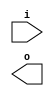
module buffer( i , o );
  input i ;
  output o ;
endmodule
module inverter( i , o );
  input i ;
  output o ;
endmodule
module top( x0 , x1 , x2 , x3 , x4 , x5 , x6 , x7 , x8 , x9 , x10 , x11 , x12 , x13 , y0 , y1 , y2 , y3 , y4 , y5 , y6 , y7 , y8 , y9 , y10 , y11 , y12 , y13 );
  input x0 , x1 , x2 , x3 , x4 , x5 , x6 , x7 , x8 , x9 , x10 , x11 , x12 , x13 ;
  output y0 , y1 , y2 , y3 , y4 , y5 , y6 , y7 , y8 , y9 , y10 , y11 , y12 , y13 ;
  wire n2 , n3 , n4 , n5 , n6 , n7 , n9 , n10 , n11 , n12 , n13 , n14 , n15 , n16 , n17 , n19 , n20 , n21 , n22 , n23 , n24 , n25 , n26 , n27 , n28 , n29 , n30 , n31 , n33 , n34 , n35 , n36 , n37 , n38 , n39 , n40 , n41 , n42 , n44 , n45 , n46 , n47 , n48 , n49 , n50 , n51 , n52 , n53 , n55 , n56 , n57 , n58 , n59 , n60 , n61 , n62 , n63 , n65 , n66 , n67 , n68 , n69 , n70 , n71 , n72 , n73 , n74 , n76 , n77 , n78 , n79 , n80 , n81 , n82 , n83 , n84 , n86 , n87 , n88 , n89 , n90 , n91 , n92 , n93 , n94 , n95 , n96 , n97 , n98 , n99 , n100 , n102 , n103 , n104 , n105 , n106 , n107 , n108 , n109 , n110 , n111 , n113 , n114 , n115 , n116 , n117 , n118 , n120 , n121 , n122 , n123 , n124 , n125 , n126 , n127 , n128 , n129 , n130 , n131 , n132 , n133 , n134 , n135 , n137 , n138 , n139 , n140 , n141 , n142 , n143 , n144 , n146 , n147 , n148 , n149 , n150 , n151 , n152 , n153 , n154 , n155 , n156 , n157 , n158 , n159 , n160 , n161 , n162 , n163 , n164 , n165 , n166 , n167 , n168 , n169 , n170 , n171 , n172 , n173 , n174 , n175 , n176 , n177 , n178 , n179 , n180 , n181 , n182 , n183 , n184 , n185 , n186 , n187 , n188 , n189 , n190 , n191 , n192 , n193 , n194 , n195 , n196 , n197 , n198 , n199 , n200 , n201 , n202 , n203 , n204 , n205 , n206 , n207 , n208 , n209 , n210 , n211 , n212 , n213 , n214 , n215 , n216 , n217 , n218 , n219 , n220 , n221 , n222 , n223 , n224 , n225 , n226 , n227 , n228 , n229 , n230 , n231 , n232 , n233 , n234 , n235 , n236 , n237 , n238 , n239 , n240 , n241 , n242 , n243 , n244 , n245 , n246 , n247 , n248 , n249 , n250 , n251 , n252 , n253 , n254 , n255 , n256 , n257 , n258 , n259 , n260 , n261 , n262 , n263 , n264 , n265 , n266 , n267 , n268 , n269 , n270 , n271 , n272 , n273 , n274 , n275 , n276 , n277 , n278 , n279 , n280 , n281 , n282 , n283 , n284 , n285 , n286 , n287 , n288 , n289 , n290 , n291 , n292 , n293 , n294 , n295 , n296 , n297 , n298 , n299 , n300 , n301 , n302 , n303 , n304 , n305 , n306 , n307 , n308 , n309 , n310 , n311 , n312 , n313 , n314 , n315 , n316 , n317 , n318 , n319 , n320 , n321 , n322 , n323 , n324 , n325 , n326 , n327 , n328 , n329 , n330 , n331 , n332 , n333 , n334 , n335 , n336 , n337 , n338 , n339 , n340 , n341 , n342 , n343 , n344 , n345 , n346 , n347 , n348 , n349 , n350 , n351 , n352 , n353 , n354 , n355 , n356 , n357 , n358 , n359 , n360 , n361 , n362 , n363 , n364 , n365 , n366 , n367 , n368 , n369 , n370 , n371 , n372 , n373 , n374 , n375 , n376 , n377 , n378 , n379 , n380 , n381 , n382 , n383 , n384 , n385 , n386 , n387 , n388 , n389 , n390 , n391 , n392 , n393 , n394 , n395 , n396 , n397 , n398 , n399 , n400 , n401 , n402 , n403 , n404 , n405 , n406 , n407 , n408 , n409 , n410 , n411 , n412 , n413 , n414 , n415 , n416 , n417 , n418 , n419 , n420 , n421 , n422 , n423 , n424 , n425 , n426 , n427 , n428 , n429 , n430 , n431 , n432 , n433 , n434 , n435 , n436 , n437 , n438 , n439 , n440 , n441 , n442 , n443 , n444 , n445 , n446 , n447 , n448 , n449 , n450 , n451 , n452 , n453 , n454 , n455 , n456 , n457 , n458 , n459 , n460 , n461 , n462 , n463 , n464 , n465 , n466 , n467 , n468 , n469 , n470 , n471 , n472 , n473 , n474 , n475 , n476 , n477 , n478 , n479 , n480 , n481 , n482 , n483 , n484 , n485 , n486 , n487 , n488 , n489 , n490 , n491 , n492 , n493 , n494 , n495 , n496 , n497 , n498 , n499 , n500 , n501 , n502 , n503 , n504 , n505 , n506 , n507 , n508 , n509 , n510 , n511 , n512 , n513 , n514 , n515 , n516 , n517 , n518 , n519 , n520 , n521 , n522 , n523 , n524 , n525 , n526 , n527 , n528 , n529 , n530 , n531 , n532 , n533 , n534 , n535 , n536 , n537 , n538 , n539 , n540 , n541 , n542 , n543 , n544 , n545 , n546 , n547 , n548 , n549 , n550 , n551 , n552 , n553 , n554 , n555 , n556 , n557 , n558 , n559 , n560 , n561 , n562 , n563 , n564 , n565 , n566 , n567 , n568 , n569 , n570 , n571 , n572 , n573 , n574 , n575 , n576 , n577 , n578 , n579 , n580 , n581 , n582 , n583 , n584 , n585 , n586 , n587 , n588 , n589 , n590 , n591 , n592 , n593 , n594 , n595 , n596 , n597 , n598 , n599 , n600 , n601 , n602 , n603 , n604 , n605 , n606 , n607 , n608 , n609 , n610 , n611 , n612 , n613 , n614 , n615 , n616 , n617 , n618 , n619 , n620 , n621 , n622 , n623 , n624 , n625 , n626 , n627 , n628 , n629 , n630 , n631 , n632 , n633 , n634 , n635 , n636 , n637 , n638 , n639 , n640 , n641 , n642 , n643 , n644 , n645 , n646 , n647 , n648 , n649 , n650 , n651 , n652 , n653 , n654 , n655 , n656 , n657 , n658 , n659 , n660 , n661 , n662 , n663 , n664 , n665 , n666 , n667 , n668 , n669 , n670 , n671 , n672 , n673 , n674 , n675 , n676 , n677 , n678 , n679 , n680 , n681 , n682 , n683 , n684 , n685 , n686 , n687 , n688 , n689 , n690 , n691 , n692 , n693 , n694 , n695 , n696 , n697 , n698 , n699 , n700 , n701 , n702 , n703 , n704 , n705 , n706 , n707 , n708 , n709 , n710 , n711 , n712 , n713 , n714 , n715 , n716 , n717 , n718 , n719 , n720 , n721 , n722 , n723 , n724 , n725 , n726 , n727 , n728 , n729 , n730 , n731 , n732 , n733 , n734 , n735 , n736 , n737 , n738 , n739 , n740 , n741 , n742 , n743 , n744 , n745 , n746 , n747 , n748 , n749 , n750 , n751 , n752 , n753 , n754 , n755 ;
  buffer buf_n76( .i (x7), .o (n76) );
  buffer buf_n86( .i (x8), .o (n86) );
  assign n156 = n76 & n86 ;
  buffer buf_n157( .i (n156), .o (n157) );
  buffer buf_n102( .i (x9), .o (n102) );
  buffer buf_n113( .i (x10), .o (n113) );
  assign n158 = n102 & n113 ;
  buffer buf_n159( .i (n158), .o (n159) );
  assign n160 = n157 & n159 ;
  buffer buf_n161( .i (n160), .o (n161) );
  buffer buf_n77( .i (n76), .o (n77) );
  buffer buf_n78( .i (n77), .o (n78) );
  buffer buf_n137( .i (x12), .o (n137) );
  buffer buf_n138( .i (n137), .o (n138) );
  buffer buf_n139( .i (n138), .o (n139) );
  assign n165 = n78 & ~n139 ;
  buffer buf_n166( .i (n165), .o (n166) );
  assign n168 = ~n161 & n166 ;
  buffer buf_n169( .i (n168), .o (n169) );
  buffer buf_n87( .i (n86), .o (n87) );
  buffer buf_n88( .i (n87), .o (n88) );
  buffer buf_n89( .i (n88), .o (n89) );
  buffer buf_n114( .i (n113), .o (n114) );
  buffer buf_n115( .i (n114), .o (n115) );
  buffer buf_n116( .i (n115), .o (n116) );
  assign n170 = n89 | n116 ;
  buffer buf_n171( .i (n170), .o (n171) );
  assign n172 = n102 | n113 ;
  buffer buf_n173( .i (n172), .o (n173) );
  assign n175 = n157 & ~n173 ;
  buffer buf_n176( .i (n175), .o (n176) );
  buffer buf_n177( .i (n176), .o (n177) );
  assign n180 = n171 & ~n177 ;
  assign n181 = n169 & n180 ;
  buffer buf_n182( .i (n181), .o (n182) );
  buffer buf_n140( .i (n139), .o (n140) );
  buffer buf_n141( .i (n140), .o (n141) );
  buffer buf_n142( .i (n141), .o (n142) );
  buffer buf_n143( .i (n142), .o (n143) );
  buffer buf_n144( .i (n143), .o (n144) );
  buffer buf_n79( .i (n78), .o (n79) );
  buffer buf_n80( .i (n79), .o (n80) );
  buffer buf_n90( .i (n89), .o (n90) );
  assign n188 = ~n80 & n90 ;
  buffer buf_n189( .i (n188), .o (n189) );
  buffer buf_n117( .i (n116), .o (n117) );
  buffer buf_n118( .i (n117), .o (n118) );
  buffer buf_n103( .i (n102), .o (n103) );
  buffer buf_n120( .i (x11), .o (n120) );
  buffer buf_n121( .i (n120), .o (n121) );
  assign n191 = ~n103 & n121 ;
  buffer buf_n192( .i (n191), .o (n192) );
  buffer buf_n193( .i (n192), .o (n193) );
  buffer buf_n194( .i (n193), .o (n194) );
  assign n195 = n118 | n194 ;
  assign n196 = n189 & n195 ;
  buffer buf_n122( .i (n121), .o (n122) );
  assign n197 = n115 & n122 ;
  buffer buf_n198( .i (n197), .o (n198) );
  buffer buf_n104( .i (n103), .o (n104) );
  buffer buf_n105( .i (n104), .o (n105) );
  assign n201 = n79 & n105 ;
  assign n202 = ~n198 & n201 ;
  buffer buf_n203( .i (n202), .o (n203) );
  assign n204 = ~n143 & n203 ;
  assign n205 = ( ~n144 & n196 ) | ( ~n144 & n204 ) | ( n196 & n204 ) ;
  assign n206 = n182 | n205 ;
  buffer buf_n207( .i (n206), .o (n207) );
  buffer buf_n208( .i (n207), .o (n208) );
  buffer buf_n209( .i (n208), .o (n209) );
  buffer buf_n44( .i (x4), .o (n44) );
  buffer buf_n45( .i (n44), .o (n45) );
  buffer buf_n46( .i (n45), .o (n46) );
  buffer buf_n47( .i (n46), .o (n47) );
  buffer buf_n48( .i (n47), .o (n48) );
  buffer buf_n49( .i (n48), .o (n49) );
  buffer buf_n50( .i (n49), .o (n50) );
  buffer buf_n19( .i (x2), .o (n19) );
  buffer buf_n20( .i (n19), .o (n20) );
  buffer buf_n21( .i (n20), .o (n21) );
  buffer buf_n22( .i (n21), .o (n22) );
  buffer buf_n23( .i (n22), .o (n23) );
  buffer buf_n33( .i (x3), .o (n33) );
  buffer buf_n34( .i (n33), .o (n34) );
  buffer buf_n35( .i (n34), .o (n35) );
  buffer buf_n146( .i (x13), .o (n146) );
  buffer buf_n147( .i (n146), .o (n147) );
  buffer buf_n148( .i (n147), .o (n148) );
  assign n210 = n35 | n148 ;
  buffer buf_n211( .i (n210), .o (n211) );
  assign n212 = n23 & n211 ;
  buffer buf_n65( .i (x6), .o (n65) );
  buffer buf_n66( .i (n65), .o (n66) );
  buffer buf_n67( .i (n66), .o (n67) );
  buffer buf_n68( .i (n67), .o (n68) );
  buffer buf_n69( .i (n68), .o (n69) );
  assign n213 = n20 | n34 ;
  buffer buf_n214( .i (n213), .o (n214) );
  buffer buf_n215( .i (n214), .o (n215) );
  assign n222 = n69 | n215 ;
  assign n223 = ~n212 & n222 ;
  assign n224 = n50 & ~n223 ;
  buffer buf_n9( .i (x1), .o (n9) );
  assign n225 = ~n9 & n146 ;
  buffer buf_n226( .i (n225), .o (n226) );
  assign n230 = n21 & ~n226 ;
  buffer buf_n231( .i (n230), .o (n231) );
  buffer buf_n232( .i (n231), .o (n232) );
  buffer buf_n10( .i (n9), .o (n10) );
  buffer buf_n11( .i (n10), .o (n11) );
  buffer buf_n12( .i (n11), .o (n12) );
  buffer buf_n149( .i (n148), .o (n149) );
  assign n233 = n12 & n149 ;
  buffer buf_n234( .i (n233), .o (n234) );
  assign n236 = n232 | n234 ;
  buffer buf_n55( .i (x5), .o (n55) );
  buffer buf_n56( .i (n55), .o (n56) );
  buffer buf_n57( .i (n56), .o (n57) );
  buffer buf_n58( .i (n57), .o (n58) );
  buffer buf_n59( .i (n58), .o (n59) );
  buffer buf_n60( .i (n59), .o (n60) );
  assign n237 = n67 & n148 ;
  buffer buf_n238( .i (n237), .o (n238) );
  assign n239 = n35 | n46 ;
  buffer buf_n240( .i (n239), .o (n240) );
  assign n244 = n238 & ~n240 ;
  assign n245 = n60 & ~n244 ;
  assign n246 = n236 & n245 ;
  assign n247 = ~n224 & n246 ;
  buffer buf_n36( .i (n35), .o (n36) );
  buffer buf_n37( .i (n36), .o (n37) );
  assign n248 = ~n37 & n238 ;
  assign n249 = n232 & n248 ;
  buffer buf_n250( .i (n249), .o (n250) );
  buffer buf_n251( .i (n250), .o (n251) );
  assign n252 = n247 | n251 ;
  buffer buf_n253( .i (n252), .o (n253) );
  assign n254 = n45 & ~n56 ;
  buffer buf_n255( .i (n254), .o (n255) );
  buffer buf_n256( .i (n255), .o (n256) );
  assign n258 = n211 & n256 ;
  assign n259 = n232 & n258 ;
  buffer buf_n260( .i (n259), .o (n260) );
  buffer buf_n261( .i (n260), .o (n261) );
  buffer buf_n262( .i (n261), .o (n262) );
  buffer buf_n263( .i (n262), .o (n263) );
  assign n264 = n253 | n263 ;
  buffer buf_n265( .i (n264), .o (n265) );
  assign n266 = n209 & n265 ;
  buffer buf_n13( .i (n12), .o (n13) );
  buffer buf_n2( .i (x0), .o (n2) );
  buffer buf_n3( .i (n2), .o (n3) );
  buffer buf_n4( .i (n3), .o (n4) );
  assign n267 = n4 & n35 ;
  buffer buf_n268( .i (n267), .o (n268) );
  assign n269 = ( ~n13 & n48 ) | ( ~n13 & n268 ) | ( n48 & n268 ) ;
  assign n270 = ( n13 & n48 ) | ( n13 & n268 ) | ( n48 & n268 ) ;
  assign n271 = ~n269 & n270 ;
  buffer buf_n272( .i (n271), .o (n272) );
  buffer buf_n273( .i (n272), .o (n273) );
  buffer buf_n274( .i (n273), .o (n274) );
  buffer buf_n275( .i (n274), .o (n275) );
  buffer buf_n276( .i (n275), .o (n276) );
  buffer buf_n277( .i (n276), .o (n277) );
  assign n278 = n69 & n80 ;
  buffer buf_n279( .i (n278), .o (n279) );
  buffer buf_n123( .i (n122), .o (n123) );
  buffer buf_n124( .i (n123), .o (n124) );
  assign n281 = n77 | n114 ;
  buffer buf_n282( .i (n281), .o (n282) );
  buffer buf_n283( .i (n282), .o (n283) );
  assign n284 = n124 | n283 ;
  buffer buf_n285( .i (n284), .o (n285) );
  assign n286 = ~n279 & n285 ;
  buffer buf_n91( .i (n90), .o (n91) );
  assign n287 = n66 & n103 ;
  buffer buf_n288( .i (n287), .o (n288) );
  assign n289 = n77 & n114 ;
  buffer buf_n290( .i (n289), .o (n290) );
  assign n291 = ~n288 & n290 ;
  buffer buf_n292( .i (n291), .o (n292) );
  assign n295 = n91 & ~n292 ;
  assign n296 = ~n203 & n295 ;
  assign n297 = ~n286 & n296 ;
  buffer buf_n298( .i (n297), .o (n298) );
  buffer buf_n70( .i (n69), .o (n70) );
  assign n299 = n105 & ~n116 ;
  buffer buf_n300( .i (n299), .o (n300) );
  assign n302 = n69 | n80 ;
  assign n303 = ( n70 & ~n300 ) | ( n70 & n302 ) | ( ~n300 & n302 ) ;
  buffer buf_n125( .i (n124), .o (n125) );
  assign n304 = n76 | n86 ;
  buffer buf_n305( .i (n304), .o (n305) );
  assign n309 = n159 & ~n305 ;
  buffer buf_n310( .i (n309), .o (n310) );
  buffer buf_n311( .i (n310), .o (n311) );
  buffer buf_n174( .i (n173), .o (n174) );
  assign n315 = n123 | n174 ;
  buffer buf_n316( .i (n315), .o (n316) );
  assign n317 = ( n125 & ~n311 ) | ( n125 & n316 ) | ( ~n311 & n316 ) ;
  assign n318 = n303 & n317 ;
  buffer buf_n319( .i (n318), .o (n319) );
  buffer buf_n306( .i (n305), .o (n306) );
  assign n321 = n192 & ~n306 ;
  buffer buf_n322( .i (n321), .o (n322) );
  assign n323 = n138 & ~n147 ;
  buffer buf_n324( .i (n323), .o (n324) );
  buffer buf_n325( .i (n324), .o (n325) );
  buffer buf_n326( .i (n325), .o (n326) );
  assign n329 = ~n322 & n326 ;
  buffer buf_n330( .i (n329), .o (n330) );
  buffer buf_n331( .i (n330), .o (n331) );
  assign n332 = n319 & n331 ;
  assign n333 = ~n298 & n332 ;
  buffer buf_n334( .i (n333), .o (n334) );
  buffer buf_n335( .i (n334), .o (n335) );
  assign n336 = n277 & n335 ;
  assign n337 = n266 | n336 ;
  buffer buf_n338( .i (n337), .o (n338) );
  buffer buf_n339( .i (n338), .o (n339) );
  assign n340 = ~n20 & n34 ;
  buffer buf_n341( .i (n340), .o (n341) );
  assign n342 = n56 & ~n147 ;
  buffer buf_n343( .i (n342), .o (n343) );
  assign n344 = n341 & n343 ;
  buffer buf_n345( .i (n344), .o (n345) );
  buffer buf_n346( .i (n345), .o (n346) );
  buffer buf_n347( .i (n346), .o (n347) );
  assign n348 = n260 | n347 ;
  buffer buf_n150( .i (n149), .o (n150) );
  buffer buf_n151( .i (n150), .o (n151) );
  buffer buf_n152( .i (n151), .o (n152) );
  buffer buf_n153( .i (n152), .o (n153) );
  assign n349 = n20 & ~n45 ;
  buffer buf_n350( .i (n349), .o (n350) );
  assign n354 = n58 & n350 ;
  buffer buf_n355( .i (n354), .o (n355) );
  buffer buf_n356( .i (n355), .o (n356) );
  buffer buf_n357( .i (n356), .o (n357) );
  assign n358 = n22 & n58 ;
  buffer buf_n359( .i (n358), .o (n359) );
  buffer buf_n360( .i (n359), .o (n360) );
  buffer buf_n241( .i (n240), .o (n241) );
  assign n362 = ~n234 & n241 ;
  assign n363 = n360 & n362 ;
  assign n364 = ( n153 & n357 ) | ( n153 & n363 ) | ( n357 & n363 ) ;
  assign n365 = n348 | n364 ;
  buffer buf_n366( .i (n365), .o (n366) );
  buffer buf_n367( .i (n366), .o (n367) );
  buffer buf_n368( .i (n367), .o (n368) );
  assign n369 = n209 & n368 ;
  buffer buf_n38( .i (n37), .o (n38) );
  buffer buf_n39( .i (n38), .o (n39) );
  buffer buf_n40( .i (n39), .o (n40) );
  buffer buf_n41( .i (n40), .o (n41) );
  buffer buf_n42( .i (n41), .o (n42) );
  assign n370 = n42 & n274 ;
  buffer buf_n5( .i (n4), .o (n5) );
  buffer buf_n6( .i (n5), .o (n6) );
  assign n371 = n6 & ~n13 ;
  assign n372 = n355 & n371 ;
  assign n373 = n255 & n341 ;
  buffer buf_n374( .i (n373), .o (n374) );
  assign n375 = ~n10 & n45 ;
  buffer buf_n376( .i (n375), .o (n376) );
  assign n380 = n22 & ~n376 ;
  assign n381 = n268 & ~n380 ;
  assign n382 = ~n374 & n381 ;
  assign n383 = n372 | n382 ;
  buffer buf_n384( .i (n383), .o (n384) );
  buffer buf_n385( .i (n384), .o (n385) );
  buffer buf_n386( .i (n385), .o (n386) );
  assign n387 = n370 | n386 ;
  buffer buf_n388( .i (n387), .o (n388) );
  assign n389 = n335 & n388 ;
  assign n390 = n369 | n389 ;
  buffer buf_n391( .i (n390), .o (n391) );
  buffer buf_n392( .i (n391), .o (n392) );
  assign n393 = n56 | n66 ;
  buffer buf_n394( .i (n393), .o (n394) );
  assign n396 = ~n255 & n394 ;
  buffer buf_n397( .i (n396), .o (n397) );
  buffer buf_n398( .i (n397), .o (n398) );
  assign n399 = ~n21 & n148 ;
  buffer buf_n400( .i (n399), .o (n400) );
  assign n402 = n231 | n400 ;
  buffer buf_n403( .i (n402), .o (n403) );
  assign n404 = n398 | n403 ;
  buffer buf_n257( .i (n256), .o (n257) );
  assign n405 = n215 | n256 ;
  assign n406 = ( ~n232 & n257 ) | ( ~n232 & n405 ) | ( n257 & n405 ) ;
  buffer buf_n401( .i (n400), .o (n401) );
  assign n407 = ~n68 & n214 ;
  buffer buf_n408( .i (n407), .o (n408) );
  buffer buf_n409( .i (n12), .o (n409) );
  assign n410 = n400 & ~n409 ;
  assign n411 = ( n401 & n408 ) | ( n401 & n410 ) | ( n408 & n410 ) ;
  assign n412 = n406 & ~n411 ;
  assign n413 = n404 & n412 ;
  buffer buf_n414( .i (n413), .o (n414) );
  buffer buf_n415( .i (n414), .o (n415) );
  assign n416 = n253 | n415 ;
  buffer buf_n417( .i (n416), .o (n417) );
  buffer buf_n51( .i (n50), .o (n51) );
  buffer buf_n52( .i (n51), .o (n52) );
  buffer buf_n53( .i (n52), .o (n53) );
  buffer buf_n24( .i (n23), .o (n24) );
  buffer buf_n25( .i (n24), .o (n25) );
  assign n418 = n25 | n50 ;
  buffer buf_n61( .i (n60), .o (n61) );
  assign n419 = n50 & n61 ;
  assign n420 = ( n25 & ~n61 ) | ( n25 & n152 ) | ( ~n61 & n152 ) ;
  assign n421 = ( ~n418 & n419 ) | ( ~n418 & n420 ) | ( n419 & n420 ) ;
  buffer buf_n422( .i (n421), .o (n422) );
  assign n423 = n53 | n422 ;
  assign n424 = n207 & n423 ;
  buffer buf_n425( .i (n424), .o (n425) );
  assign n426 = n417 & n425 ;
  buffer buf_n427( .i (n426), .o (n427) );
  buffer buf_n428( .i (n427), .o (n428) );
  buffer buf_n14( .i (n13), .o (n14) );
  buffer buf_n15( .i (n14), .o (n15) );
  buffer buf_n16( .i (n15), .o (n16) );
  buffer buf_n7( .i (n6), .o (n7) );
  assign n429 = n7 & ~n374 ;
  buffer buf_n430( .i (n429), .o (n430) );
  buffer buf_n216( .i (n215), .o (n216) );
  buffer buf_n217( .i (n216), .o (n217) );
  assign n431 = ( ~n14 & n60 ) | ( ~n14 & n216 ) | ( n60 & n216 ) ;
  assign n432 = ~n217 & n431 ;
  assign n433 = ( n16 & n430 ) | ( n16 & ~n432 ) | ( n430 & ~n432 ) ;
  buffer buf_n327( .i (n326), .o (n327) );
  buffer buf_n328( .i (n327), .o (n328) );
  assign n434 = n5 & n12 ;
  buffer buf_n435( .i (n434), .o (n435) );
  assign n437 = n359 & n435 ;
  assign n438 = n327 & ~n437 ;
  assign n439 = ( n272 & n328 ) | ( n272 & n438 ) | ( n328 & n438 ) ;
  assign n440 = n433 & n439 ;
  assign n441 = ~n36 & n58 ;
  assign n442 = n48 | n441 ;
  buffer buf_n443( .i (n442), .o (n443) );
  buffer buf_n444( .i (n443), .o (n444) );
  assign n445 = n39 | n443 ;
  assign n446 = ( n272 & n444 ) | ( n272 & n445 ) | ( n444 & n445 ) ;
  assign n447 = n384 | n446 ;
  assign n448 = n440 & n447 ;
  buffer buf_n449( .i (n448), .o (n449) );
  assign n452 = n334 & n449 ;
  buffer buf_n453( .i (n452), .o (n453) );
  buffer buf_n454( .i (n453), .o (n454) );
  buffer buf_n455( .i (n454), .o (n455) );
  buffer buf_n62( .i (n61), .o (n62) );
  buffer buf_n63( .i (n62), .o (n63) );
  buffer buf_n242( .i (n241), .o (n242) );
  buffer buf_n243( .i (n242), .o (n243) );
  assign n456 = ~n16 & n243 ;
  assign n457 = ( n16 & ~n243 ) | ( n16 & n272 ) | ( ~n243 & n272 ) ;
  assign n458 = ( n63 & n456 ) | ( n63 & n457 ) | ( n456 & n457 ) ;
  buffer buf_n459( .i (n458), .o (n459) );
  buffer buf_n460( .i (n459), .o (n460) );
  buffer buf_n461( .i (n460), .o (n461) );
  buffer buf_n462( .i (n461), .o (n462) );
  buffer buf_n463( .i (n462), .o (n463) );
  assign n464 = n427 | n463 ;
  assign n465 = ( n428 & n455 ) | ( n428 & n464 ) | ( n455 & n464 ) ;
  buffer buf_n71( .i (n70), .o (n71) );
  buffer buf_n72( .i (n71), .o (n72) );
  buffer buf_n361( .i (n360), .o (n361) );
  assign n466 = ~n72 & n361 ;
  buffer buf_n467( .i (n466), .o (n467) );
  assign n468 = n414 | n467 ;
  assign n469 = n253 | n468 ;
  buffer buf_n470( .i (n469), .o (n470) );
  assign n472 = n209 & n470 ;
  buffer buf_n473( .i (n472), .o (n473) );
  buffer buf_n73( .i (n72), .o (n73) );
  buffer buf_n74( .i (n73), .o (n74) );
  buffer buf_n17( .i (n16), .o (n17) );
  assign n474 = ~n17 & n73 ;
  assign n475 = ( n74 & ~n422 ) | ( n74 & n474 ) | ( ~n422 & n474 ) ;
  buffer buf_n476( .i (n475), .o (n476) );
  buffer buf_n477( .i (n476), .o (n477) );
  buffer buf_n478( .i (n477), .o (n478) );
  buffer buf_n479( .i (n478), .o (n479) );
  assign n480 = n473 & n479 ;
  buffer buf_n450( .i (n449), .o (n450) );
  buffer buf_n451( .i (n450), .o (n451) );
  buffer buf_n92( .i (n91), .o (n92) );
  buffer buf_n93( .i (n92), .o (n93) );
  buffer buf_n94( .i (n93), .o (n94) );
  buffer buf_n95( .i (n94), .o (n95) );
  buffer buf_n96( .i (n95), .o (n96) );
  buffer buf_n320( .i (n319), .o (n320) );
  assign n481 = ~n298 & n320 ;
  assign n482 = n96 & n481 ;
  buffer buf_n483( .i (n482), .o (n483) );
  buffer buf_n484( .i (n483), .o (n484) );
  assign n485 = n451 & n484 ;
  buffer buf_n486( .i (n485), .o (n486) );
  assign n487 = n480 | n486 ;
  buffer buf_n183( .i (n182), .o (n183) );
  buffer buf_n184( .i (n183), .o (n184) );
  buffer buf_n185( .i (n184), .o (n185) );
  buffer buf_n186( .i (n185), .o (n186) );
  buffer buf_n187( .i (n186), .o (n187) );
  buffer buf_n471( .i (n470), .o (n471) );
  assign n488 = n187 & n471 ;
  buffer buf_n106( .i (n105), .o (n106) );
  buffer buf_n107( .i (n106), .o (n107) );
  buffer buf_n108( .i (n107), .o (n108) );
  buffer buf_n109( .i (n108), .o (n109) );
  buffer buf_n190( .i (n189), .o (n190) );
  assign n489 = n109 & ~n190 ;
  assign n490 = n67 & n115 ;
  buffer buf_n491( .i (n490), .o (n491) );
  buffer buf_n492( .i (n491), .o (n492) );
  assign n495 = ~n322 & n492 ;
  buffer buf_n496( .i (n495), .o (n496) );
  buffer buf_n497( .i (n496), .o (n497) );
  assign n498 = ~n489 & n497 ;
  buffer buf_n199( .i (n198), .o (n199) );
  assign n499 = n288 & ~n290 ;
  buffer buf_n500( .i (n499), .o (n500) );
  assign n501 = n199 & n500 ;
  buffer buf_n502( .i (n501), .o (n502) );
  buffer buf_n503( .i (n502), .o (n503) );
  buffer buf_n280( .i (n279), .o (n280) );
  buffer buf_n301( .i (n300), .o (n301) );
  assign n504 = ~n91 & n125 ;
  assign n505 = n301 | n504 ;
  assign n506 = n280 & n505 ;
  assign n507 = n503 | n506 ;
  assign n508 = n498 | n507 ;
  buffer buf_n509( .i (n508), .o (n509) );
  buffer buf_n510( .i (n509), .o (n510) );
  buffer buf_n511( .i (n510), .o (n511) );
  assign n512 = n451 & n511 ;
  assign n513 = n488 | n512 ;
  buffer buf_n514( .i (n513), .o (n514) );
  buffer buf_n293( .i (n292), .o (n293) );
  buffer buf_n294( .i (n293), .o (n294) );
  assign n515 = n279 & n301 ;
  assign n516 = n294 | n515 ;
  buffer buf_n517( .i (n516), .o (n517) );
  buffer buf_n518( .i (n517), .o (n518) );
  buffer buf_n519( .i (n518), .o (n519) );
  buffer buf_n520( .i (n519), .o (n520) );
  buffer buf_n521( .i (n520), .o (n521) );
  assign n522 = n451 & n521 ;
  buffer buf_n523( .i (n522), .o (n523) );
  buffer buf_n97( .i (n96), .o (n97) );
  buffer buf_n98( .i (n97), .o (n98) );
  buffer buf_n99( .i (n98), .o (n99) );
  buffer buf_n100( .i (n99), .o (n100) );
  buffer buf_n178( .i (n177), .o (n178) );
  assign n524 = n169 & ~n178 ;
  assign n525 = n118 & ~n142 ;
  assign n526 = n189 & n525 ;
  assign n527 = n524 | n526 ;
  buffer buf_n528( .i (n527), .o (n528) );
  buffer buf_n529( .i (n528), .o (n529) );
  buffer buf_n530( .i (n529), .o (n530) );
  buffer buf_n531( .i (n530), .o (n531) );
  assign n532 = n470 & n531 ;
  buffer buf_n533( .i (n532), .o (n533) );
  assign n534 = n100 & n533 ;
  assign n535 = n523 | n534 ;
  assign n536 = ~n106 & n283 ;
  buffer buf_n537( .i (n536), .o (n537) );
  buffer buf_n538( .i (n537), .o (n538) );
  buffer buf_n539( .i (n538), .o (n539) );
  buffer buf_n540( .i (n539), .o (n540) );
  buffer buf_n541( .i (n540), .o (n541) );
  buffer buf_n542( .i (n541), .o (n542) );
  buffer buf_n543( .i (n542), .o (n543) );
  buffer buf_n544( .i (n543), .o (n544) );
  buffer buf_n545( .i (n544), .o (n545) );
  buffer buf_n546( .i (n545), .o (n546) );
  buffer buf_n493( .i (n492), .o (n493) );
  buffer buf_n494( .i (n493), .o (n494) );
  buffer buf_n81( .i (n80), .o (n81) );
  buffer buf_n82( .i (n81), .o (n82) );
  buffer buf_n200( .i (n199), .o (n200) );
  assign n547 = n82 & ~n200 ;
  assign n548 = n494 & n547 ;
  buffer buf_n549( .i (n548), .o (n549) );
  buffer buf_n550( .i (n549), .o (n550) );
  buffer buf_n551( .i (n550), .o (n551) );
  buffer buf_n552( .i (n551), .o (n552) );
  buffer buf_n553( .i (n552), .o (n553) );
  assign n554 = n453 & ~n553 ;
  buffer buf_n555( .i (n554), .o (n555) );
  assign n556 = n533 & ~n545 ;
  assign n557 = ( ~n546 & n555 ) | ( ~n546 & n556 ) | ( n555 & n556 ) ;
  buffer buf_n126( .i (n125), .o (n126) );
  buffer buf_n127( .i (n126), .o (n127) );
  buffer buf_n128( .i (n127), .o (n128) );
  buffer buf_n129( .i (n128), .o (n129) );
  buffer buf_n130( .i (n129), .o (n130) );
  buffer buf_n131( .i (n130), .o (n131) );
  buffer buf_n132( .i (n131), .o (n132) );
  buffer buf_n133( .i (n132), .o (n133) );
  buffer buf_n134( .i (n133), .o (n134) );
  buffer buf_n135( .i (n134), .o (n135) );
  assign n558 = n282 & ~n288 ;
  buffer buf_n559( .i (n558), .o (n559) );
  assign n560 = n500 | n559 ;
  buffer buf_n561( .i (n560), .o (n561) );
  buffer buf_n562( .i (n561), .o (n562) );
  buffer buf_n563( .i (n562), .o (n563) );
  buffer buf_n564( .i (n563), .o (n564) );
  buffer buf_n565( .i (n564), .o (n565) );
  buffer buf_n566( .i (n565), .o (n566) );
  buffer buf_n567( .i (n566), .o (n567) );
  assign n568 = n453 & n567 ;
  buffer buf_n569( .i (n568), .o (n569) );
  assign n570 = n134 & n473 ;
  assign n571 = ( n135 & n569 ) | ( n135 & n570 ) | ( n569 & n570 ) ;
  buffer buf_n218( .i (n217), .o (n218) );
  buffer buf_n219( .i (n218), .o (n219) );
  buffer buf_n220( .i (n219), .o (n220) );
  buffer buf_n221( .i (n220), .o (n221) );
  assign n572 = n140 | n149 ;
  assign n573 = n215 | n572 ;
  buffer buf_n395( .i (n394), .o (n395) );
  assign n574 = n88 & ~n115 ;
  buffer buf_n575( .i (n574), .o (n575) );
  assign n576 = n395 | n575 ;
  assign n577 = n573 | n576 ;
  buffer buf_n162( .i (n161), .o (n162) );
  assign n578 = n125 & n162 ;
  assign n579 = ( n285 & n577 ) | ( n285 & ~n578 ) | ( n577 & ~n578 ) ;
  buffer buf_n580( .i (n579), .o (n580) );
  buffer buf_n581( .i (n580), .o (n581) );
  assign n583 = ~n4 & n11 ;
  assign n584 = n324 & n583 ;
  buffer buf_n585( .i (n584), .o (n585) );
  buffer buf_n586( .i (n585), .o (n586) );
  assign n587 = n23 & n491 ;
  assign n588 = n322 & n587 ;
  assign n589 = n586 & n588 ;
  assign n590 = n176 | n310 ;
  buffer buf_n591( .i (n590), .o (n591) );
  assign n594 = ~n21 & n46 ;
  assign n595 = n123 & n594 ;
  assign n596 = n66 & ~n138 ;
  buffer buf_n597( .i (n596), .o (n597) );
  assign n600 = n343 & n597 ;
  assign n601 = n595 & n600 ;
  buffer buf_n602( .i (n601), .o (n602) );
  assign n603 = n591 & n602 ;
  assign n604 = n589 | n603 ;
  buffer buf_n605( .i (n604), .o (n605) );
  assign n606 = n581 & ~n605 ;
  assign n607 = n221 | n606 ;
  buffer buf_n608( .i (n607), .o (n608) );
  buffer buf_n609( .i (n608), .o (n609) );
  buffer buf_n26( .i (n25), .o (n26) );
  buffer buf_n27( .i (n26), .o (n27) );
  buffer buf_n28( .i (n27), .o (n28) );
  buffer buf_n29( .i (n28), .o (n29) );
  buffer buf_n30( .i (n29), .o (n30) );
  buffer buf_n31( .i (n30), .o (n31) );
  assign n610 = ~n31 & n608 ;
  assign n611 = ( ~n453 & n609 ) | ( ~n453 & n610 ) | ( n609 & n610 ) ;
  buffer buf_n612( .i (n611), .o (n612) );
  buffer buf_n613( .i (n612), .o (n613) );
  buffer buf_n377( .i (n376), .o (n377) );
  buffer buf_n378( .i (n377), .o (n378) );
  buffer buf_n379( .i (n378), .o (n379) );
  assign n614 = n38 & n257 ;
  assign n615 = n378 | n435 ;
  assign n616 = ( n379 & ~n614 ) | ( n379 & n615 ) | ( ~n614 & n615 ) ;
  buffer buf_n617( .i (n616), .o (n617) );
  buffer buf_n618( .i (n617), .o (n618) );
  buffer buf_n619( .i (n618), .o (n619) );
  buffer buf_n620( .i (n619), .o (n620) );
  assign n621 = n334 & n620 ;
  assign n622 = n450 & n621 ;
  buffer buf_n312( .i (n311), .o (n312) );
  buffer buf_n313( .i (n312), .o (n313) );
  buffer buf_n314( .i (n313), .o (n314) );
  buffer buf_n598( .i (n597), .o (n598) );
  buffer buf_n599( .i (n598), .o (n599) );
  assign n623 = ~n397 & n599 ;
  assign n624 = ~n403 & n623 ;
  buffer buf_n625( .i (n624), .o (n625) );
  assign n626 = n314 & n625 ;
  buffer buf_n627( .i (n626), .o (n627) );
  buffer buf_n351( .i (n350), .o (n351) );
  buffer buf_n352( .i (n351), .o (n352) );
  buffer buf_n353( .i (n352), .o (n353) );
  assign n628 = n353 & n591 ;
  buffer buf_n629( .i (n628), .o (n629) );
  buffer buf_n630( .i (n629), .o (n630) );
  buffer buf_n631( .i (n124), .o (n631) );
  assign n632 = n216 & n631 ;
  assign n633 = n37 | n124 ;
  buffer buf_n634( .i (n47), .o (n634) );
  assign n635 = n117 & n634 ;
  assign n636 = ( n49 & ~n633 ) | ( n49 & n635 ) | ( ~n633 & n635 ) ;
  assign n637 = n632 | n636 ;
  buffer buf_n638( .i (n637), .o (n638) );
  buffer buf_n639( .i (n638), .o (n639) );
  buffer buf_n227( .i (n226), .o (n227) );
  buffer buf_n640( .i (n57), .o (n640) );
  assign n641 = n227 | n640 ;
  assign n642 = n598 & ~n641 ;
  buffer buf_n643( .i (n642), .o (n643) );
  buffer buf_n644( .i (n643), .o (n644) );
  buffer buf_n645( .i (n644), .o (n645) );
  assign n646 = n638 & ~n645 ;
  assign n647 = ( ~n630 & n639 ) | ( ~n630 & n646 ) | ( n639 & n646 ) ;
  assign n648 = ~n627 & n647 ;
  buffer buf_n307( .i (n306), .o (n307) );
  buffer buf_n308( .i (n307), .o (n308) );
  assign n649 = n300 & ~n308 ;
  assign n650 = n359 & n599 ;
  assign n651 = n649 & n650 ;
  assign n652 = n36 & n123 ;
  buffer buf_n653( .i (n652), .o (n653) );
  buffer buf_n654( .i (n653), .o (n654) );
  buffer buf_n655( .i (n654), .o (n655) );
  assign n657 = n651 | n655 ;
  assign n658 = n580 & ~n657 ;
  assign n659 = ~n605 & n658 ;
  buffer buf_n660( .i (n659), .o (n660) );
  assign n663 = n648 | n660 ;
  assign n664 = n417 | n663 ;
  assign n665 = ~n622 & n664 ;
  buffer buf_n154( .i (n153), .o (n154) );
  buffer buf_n155( .i (n154), .o (n155) );
  assign n666 = n42 & n155 ;
  buffer buf_n667( .i (n666), .o (n667) );
  buffer buf_n668( .i (n667), .o (n668) );
  assign n669 = n209 & n668 ;
  assign n670 = n471 & n669 ;
  assign n671 = n665 & ~n670 ;
  buffer buf_n672( .i (n671), .o (n672) );
  buffer buf_n582( .i (n581), .o (n582) );
  buffer buf_n110( .i (n109), .o (n110) );
  buffer buf_n111( .i (n110), .o (n111) );
  buffer buf_n83( .i (n82), .o (n83) );
  assign n673 = ~n51 & n83 ;
  buffer buf_n674( .i (n673), .o (n674) );
  assign n675 = n111 & ~n674 ;
  assign n676 = n582 | n675 ;
  assign n677 = n311 | n653 ;
  assign n678 = ( n602 & n654 ) | ( n602 & n677 ) | ( n654 & n677 ) ;
  buffer buf_n679( .i (n678), .o (n679) );
  buffer buf_n680( .i (n679), .o (n680) );
  buffer buf_n681( .i (n680), .o (n681) );
  buffer buf_n682( .i (n681), .o (n682) );
  assign n683 = n676 & ~n682 ;
  buffer buf_n179( .i (n178), .o (n179) );
  assign n684 = n189 & n301 ;
  assign n685 = n179 | n684 ;
  assign n686 = n625 & n685 ;
  buffer buf_n687( .i (n686), .o (n687) );
  assign n688 = n67 | n104 ;
  buffer buf_n689( .i (n688), .o (n689) );
  assign n692 = n59 & n689 ;
  assign n693 = n585 & n692 ;
  assign n694 = n643 | n693 ;
  assign n695 = n351 & n575 ;
  assign n696 = n559 & n695 ;
  buffer buf_n697( .i (n696), .o (n697) );
  assign n698 = n694 & n697 ;
  buffer buf_n699( .i (n698), .o (n699) );
  assign n702 = n40 & ~n644 ;
  assign n703 = ( n41 & ~n629 ) | ( n41 & n702 ) | ( ~n629 & n702 ) ;
  assign n704 = ~n699 & n703 ;
  assign n705 = ~n687 & n704 ;
  buffer buf_n706( .i (n705), .o (n706) );
  assign n707 = n683 | n706 ;
  buffer buf_n708( .i (n707), .o (n708) );
  buffer buf_n709( .i (n708), .o (n709) );
  buffer buf_n710( .i (n709), .o (n710) );
  buffer buf_n592( .i (n591), .o (n592) );
  buffer buf_n593( .i (n592), .o (n593) );
  assign n711 = n593 & n625 ;
  buffer buf_n712( .i (n711), .o (n712) );
  buffer buf_n656( .i (n655), .o (n656) );
  buffer buf_n235( .i (n234), .o (n235) );
  assign n713 = ~n235 & n353 ;
  assign n714 = n655 & ~n713 ;
  buffer buf_n690( .i (n689), .o (n690) );
  buffer buf_n691( .i (n690), .o (n691) );
  buffer buf_n167( .i (n166), .o (n167) );
  assign n715 = n167 & ~n171 ;
  assign n716 = ~n691 & n715 ;
  buffer buf_n717( .i (n716), .o (n717) );
  assign n718 = ( n656 & n714 ) | ( n656 & ~n717 ) | ( n714 & ~n717 ) ;
  buffer buf_n228( .i (n227), .o (n228) );
  buffer buf_n229( .i (n228), .o (n229) );
  assign n719 = n49 & ~n229 ;
  assign n720 = n360 & n719 ;
  buffer buf_n721( .i (n720), .o (n721) );
  buffer buf_n163( .i (n162), .o (n163) );
  buffer buf_n164( .i (n163), .o (n164) );
  buffer buf_n436( .i (n435), .o (n436) );
  assign n722 = n141 & n150 ;
  buffer buf_n723( .i (n722), .o (n723) );
  assign n730 = ( n143 & ~n436 ) | ( n143 & n723 ) | ( ~n436 & n723 ) ;
  assign n731 = n164 & ~n730 ;
  assign n732 = n721 & n731 ;
  assign n733 = n718 & ~n732 ;
  assign n734 = ~n712 & n733 ;
  buffer buf_n735( .i (n734), .o (n735) );
  assign n736 = n73 & n679 ;
  buffer buf_n84( .i (n83), .o (n84) );
  assign n737 = ( n52 & ~n84 ) | ( n52 & n580 ) | ( ~n84 & n580 ) ;
  assign n738 = ( n674 & ~n736 ) | ( n674 & n737 ) | ( ~n736 & n737 ) ;
  buffer buf_n739( .i (n738), .o (n739) );
  buffer buf_n740( .i (n739), .o (n740) );
  buffer buf_n700( .i (n699), .o (n700) );
  buffer buf_n701( .i (n700), .o (n701) );
  assign n741 = n701 & ~n739 ;
  assign n742 = ( n735 & n740 ) | ( n735 & ~n741 ) | ( n740 & ~n741 ) ;
  buffer buf_n743( .i (n742), .o (n743) );
  buffer buf_n744( .i (n743), .o (n744) );
  buffer buf_n745( .i (n744), .o (n745) );
  buffer buf_n661( .i (n660), .o (n661) );
  buffer buf_n662( .i (n661), .o (n662) );
  assign n746 = n470 | n735 ;
  assign n747 = ~n706 & n735 ;
  assign n748 = ( n662 & n746 ) | ( n662 & ~n747 ) | ( n746 & ~n747 ) ;
  buffer buf_n749( .i (n748), .o (n749) );
  buffer buf_n750( .i (n749), .o (n750) );
  buffer buf_n724( .i (n723), .o (n724) );
  buffer buf_n725( .i (n724), .o (n725) );
  buffer buf_n726( .i (n725), .o (n726) );
  buffer buf_n727( .i (n726), .o (n727) );
  buffer buf_n728( .i (n727), .o (n728) );
  buffer buf_n729( .i (n728), .o (n729) );
  assign n751 = n334 | n728 ;
  assign n752 = ( n450 & n729 ) | ( n450 & n751 ) | ( n729 & n751 ) ;
  buffer buf_n753( .i (n752), .o (n753) );
  assign n754 = n473 | n753 ;
  assign n755 = n749 & ~n754 ;
  assign y0 = n339 ;
  assign y1 = n392 ;
  assign y2 = n465 ;
  assign y3 = n487 ;
  assign y4 = n514 ;
  assign y5 = n535 ;
  assign y6 = n557 ;
  assign y7 = n571 ;
  assign y8 = ~n613 ;
  assign y9 = ~n672 ;
  assign y10 = ~n710 ;
  assign y11 = ~n745 ;
  assign y12 = ~n750 ;
  assign y13 = n755 ;
endmodule